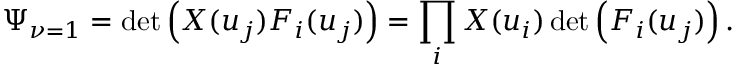
\Psi _ { \nu = 1 } = \operatorname * { d e t } \left( X ( u _ { j } ) F _ { i } ( u _ { j } ) \right) = \prod _ { i } X ( u _ { i } ) \operatorname * { d e t } \left( F _ { i } ( u _ { j } ) \right) .